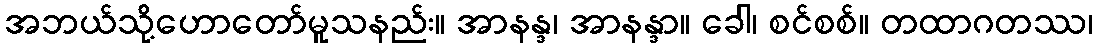
အဘယ်သို့ဟောတော်မူသနည်း။ အာနန္ဒ၊ အာနန္ဒာ။ ခေါ၊ စင်စစ်။ တထာဂတဿ၊